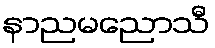
နာညမညောသီ